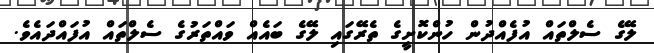
ލޭގެ ސެލްތައް އުފެއްދުން ހުންކޮށީގެ ތެރޭގައި ލޭގެ ބައެއް ވައްތަރުގެ ސެލްތައް އުފައްދައެވެ.